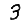
Digit: 3